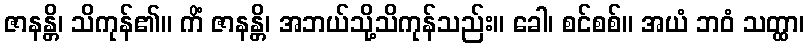
ဇာနန္တိ၊ သိကုန်၏။ ကိံ ဇာနန္တိ၊ အဘယ်သို့သိကုန်သည်း။ ခေါ၊ စင်စစ်။ အယံ ဘဝံ သတ္ထာ၊